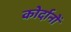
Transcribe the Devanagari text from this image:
कोर्दानों